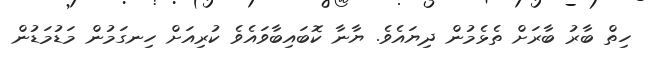
ހިތް ބާރު ބާރަށް ތެޅެމުން ދިޔައެވެ. ޔާނާ ކޮބައިބާވައެވެ ކުރިއަށް ހިނގަމުން މަޑުމަޑުން